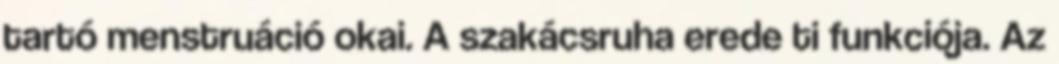
tartó menstruáció okai. A szakácsruha erede ti funkciója. Az